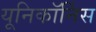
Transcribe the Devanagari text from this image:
यूनिकॉर्निस